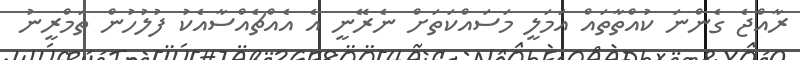
ރާއްޖެ ގެންނަ ކުއްތާތައް އަމަލީ މަސައްކަތަށް ނެރޭނީ އެ އެއްޗެއްސާއެކު ފުލުހުން ތަމްރީނު